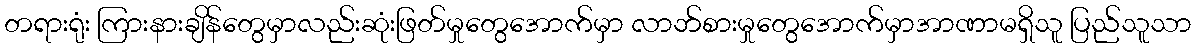
တရားရုံး ကြားနားချိန်တွေမှာလည်းဆုံးဖြတ်မှုတွေအောက်မှာ လာဘ်စားမှုတွေအောက်မှာအာဏာမရှိသူ ပြည်သူသာ